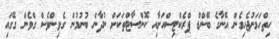
ހިތްހަމަނުޖެހިގެން އޭނާގެ ބޭންޑް ޕްރެކްޓިސްއަށާއި ކޮންސާޓްތަކަށް ނުދާން ބުނުމުން ގެވިންވެސް ގްވެން ގޭގައި